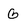
Character: G